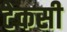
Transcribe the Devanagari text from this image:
टेकसी